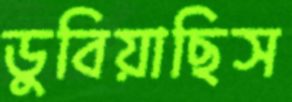
ডুবিয়াছিস